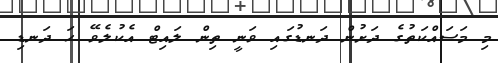
މި މަސައްކަތުގެ ދަށުން ދަނޑުގައި ވަނީ ތިން ލައިޓް އެކުލެވޭ ހަ ދަނޑި